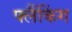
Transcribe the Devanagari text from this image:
फ्लैंकिंग